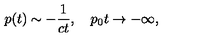
p ( t ) \sim - { \frac { 1 } { c t } } , \quad p _ { 0 } t \to - \infty ,